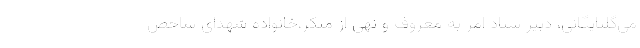
می‌گلپایگانی، دبیر ستاد امر به معروف و نهی از منکر،خانواده شهدای شاخص